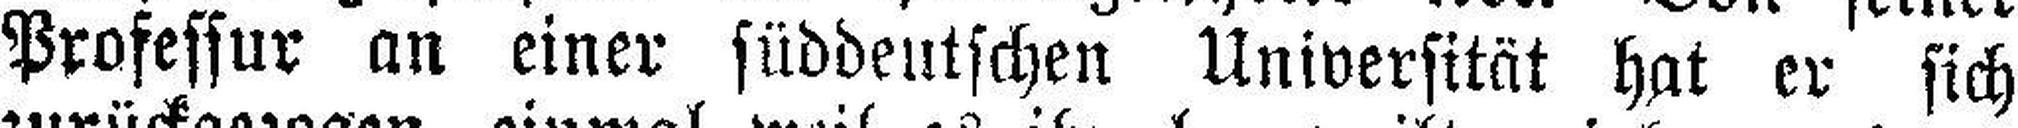
Professur an einer süddeutschen Universität hat er sich